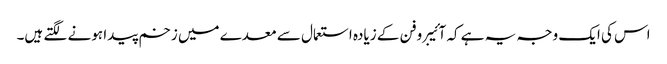
اس کی ایک وجہ یہ ہے کہ آئیبروفن کے زیادہ استعمال سے معدے میں زخم پیدا ہونے لگتے ہیں۔